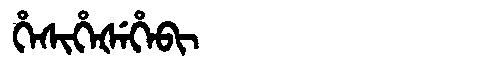
Manchu: ᡥᡝᠰᡳᡥᡝᡧᡝᡥᡝᠪᡳ
Romanization: HESIHEŠEHEBI